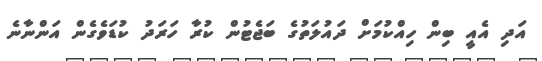
އަދި އެއީ ބިން ހިއްކުމަށް ދައުލަތުގެ ބަޖެޓުން ކުރާ ހަރަދު ކުޑަވެގެން އަންނާނެ